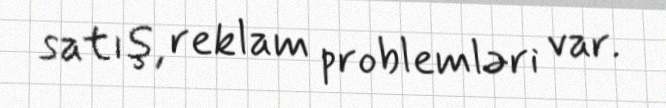
satış, reklam problemləri var.